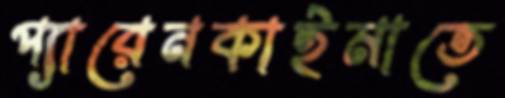
প্যারেনকাইমাতে